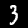
Label: 3